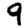
Digit: 9